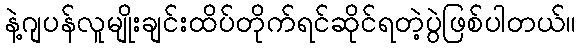
နဲ့ဂျပန်လူမျိုးချင်းထိပ်တိုက်ရင်ဆိုင်ရတဲ့ပွဲဖြစ်ပါတယ်။